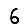
Digit: 6